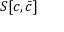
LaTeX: S [ c , { \bar { c } } ]